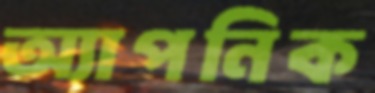
অ্যাপনিক